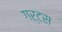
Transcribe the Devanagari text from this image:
गर्टस